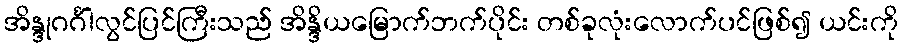
အိန္ဒုဂင်္ဂါလွင်ပြင်ကြီးသည် အိန္ဒိယမြောက်ဘက်ပိုင်း တစ်ခုလုံးလောက်ပင်ဖြစ်၍ ယင်းကို